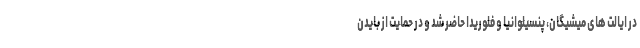
در ایالت های میشیگان، پنسیلوانیا و فلوریدا حاضر شد و در حمایت از بایدن